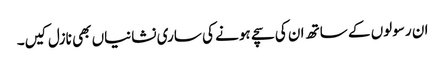
ان رسولوں کے ساتھ ان کی سچے ہونے کی ساری نشانیاں بھی نازل کیں۔